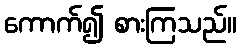
ကောက်၍ စားကြသည်။